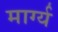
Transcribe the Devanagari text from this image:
मार्ग्य